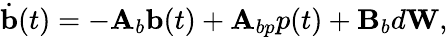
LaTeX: \dot{\mathbf{b}}(t)=-\mathbf{A}_{b}\mathbf{b}(t)+\mathbf{A}_{bp}p(t)+\mathbf{B}_{b}d\mathbf{W},